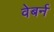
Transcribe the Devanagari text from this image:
वेबर्न